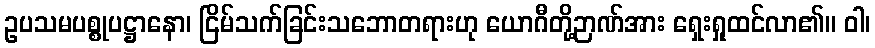
ဥပသမပစ္စုပဋ္ဌာနော၊ ငြိမ်သက်ခြင်းသဘောတရားဟု ယောဂီတို့ဉာဏ်အား ရှေးရှုထင်လာ၏။ ဝါ၊